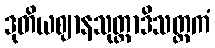
ဒုတိယဈာနသုတ္တာဒိသတ္တကံ